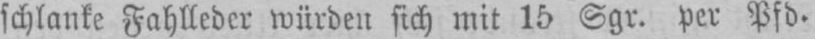
schlanke Fahlleder würden sich mit 15 Sgr. per Pfd.